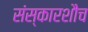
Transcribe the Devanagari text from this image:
संस्कारशौच